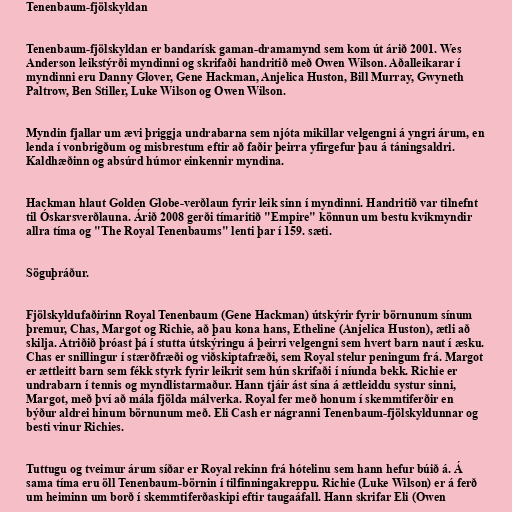
Tenenbaum-fjölskyldan

Tenenbaum-fjölskyldan er bandarísk gaman-dramamynd sem kom út árið 2001. Wes
Anderson leikstýrði myndinni og skrifaði handritið með Owen Wilson. Aðalleikarar í
myndinni eru Danny Glover, Gene Hackman, Anjelica Huston, Bill Murray, Gwyneth
Paltrow, Ben Stiller, Luke Wilson og Owen Wilson.

Myndin fjallar um ævi þriggja undrabarna sem njóta mikillar velgengni á yngri árum, en
lenda í vonbrigðum og misbrestum eftir að faðir þeirra yfirgefur þau á táningsaldri.
Kaldhæðinn og absúrd húmor einkennir myndina.

Hackman hlaut Golden Globe-verðlaun fyrir leik sinn í myndinni. Handritið var tilnefnt
til Óskarsverðlauna. Árið 2008 gerði tímaritið "Empire" könnun um bestu kvikmyndir
allra tíma og "The Royal Tenenbaums" lenti þar í 159. sæti.

Söguþráður.

Fjölskyldufaðirinn Royal Tenenbaum (Gene Hackman) útskýrir fyrir börnunum sínum
þremur, Chas, Margot og Richie, að þau kona hans, Etheline (Anjelica Huston), ætli að
skilja. Atriðið þróast þá í stutta útskýringu á þeirri velgengni sem hvert barn naut í æsku.
Chas er snillingur í stærðfræði og viðskiptafræði, sem Royal stelur peningum frá. Margot
er ættleitt barn sem fékk styrk fyrir leikrit sem hún skrifaði í níunda bekk. Richie er
undrabarn í tennis og myndlistarmaður. Hann tjáir ást sína á ættleiddu systur sinni,
Margot, með því að mála fjölda málverka. Royal fer með honum í skemmtiferðir en
býður aldrei hinum börnunum með. Eli Cash er nágranni Tenenbaum-fjölskyldunnar og
besti vinur Richies.

Tuttugu og tveimur árum síðar er Royal rekinn frá hótelinu sem hann hefur búið á. Á
sama tíma eru öll Tenenbaum-börnin í tilfinningakreppu. Richie (Luke Wilson) er á ferð
um heiminn um borð í skemmtiferðaskipi eftir taugaáfall. Hann skrifar Eli (Owen